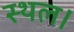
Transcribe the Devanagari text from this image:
स्‍थल।